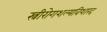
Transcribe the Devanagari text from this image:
स्त्रीरोगशल्यविशारद